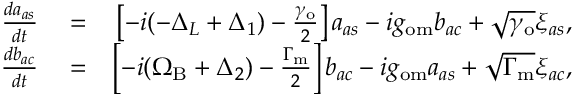
\begin{array} { r l r } { \frac { d a _ { a s } } { d t } } & { { } = } & { \left[ - i ( - \Delta _ { L } + \Delta _ { 1 } ) - \frac { \gamma _ { \mathrm { o } } } { 2 } \right] a _ { a s } - i g _ { \mathrm { o m } } b _ { a c } + \sqrt { \gamma _ { \mathrm { o } } } \xi _ { a s } , } \\ { \frac { d b _ { a c } } { d t } } & { { } = } & { \left[ - i ( \Omega _ { \mathrm { B } } + \Delta _ { 2 } ) - \frac { \Gamma _ { \mathrm { m } } } { 2 } \right] b _ { a c } - i g _ { \mathrm { o m } } a _ { a s } + \sqrt { \Gamma _ { \mathrm { m } } } \xi _ { a c } , } \end{array}